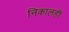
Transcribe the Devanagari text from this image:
निकालही